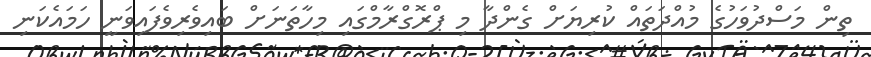
ތިން މަސްދުވަހުގެ މުއްދަތައް ކުރިޔަށް ގެންދާ މި ޕްރޮގްރާމްގައި މިހާތަނަށް ބައިވެރިވެފައިވަނީ ހަމައެކަނި